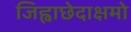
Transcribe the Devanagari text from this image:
जिह्वाछेदाक्षमो